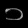
Digit: ၁